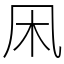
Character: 凩